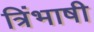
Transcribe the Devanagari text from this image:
त्रिंभाषी